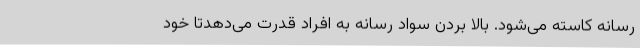
رسانه کاسته می‌شود. بالا بردن سواد رسانه به افراد قدرت می‌دهدتا خود